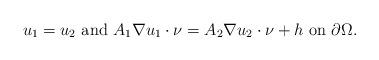
LaTeX: \begin{align*}u_1 = u_2 \mbox{ and } A_1 \nabla u_1 \cdot \nu = A_2 \nabla u_2 \cdot \nu + h \mbox{ on } \partial \Omega. \end{align*}